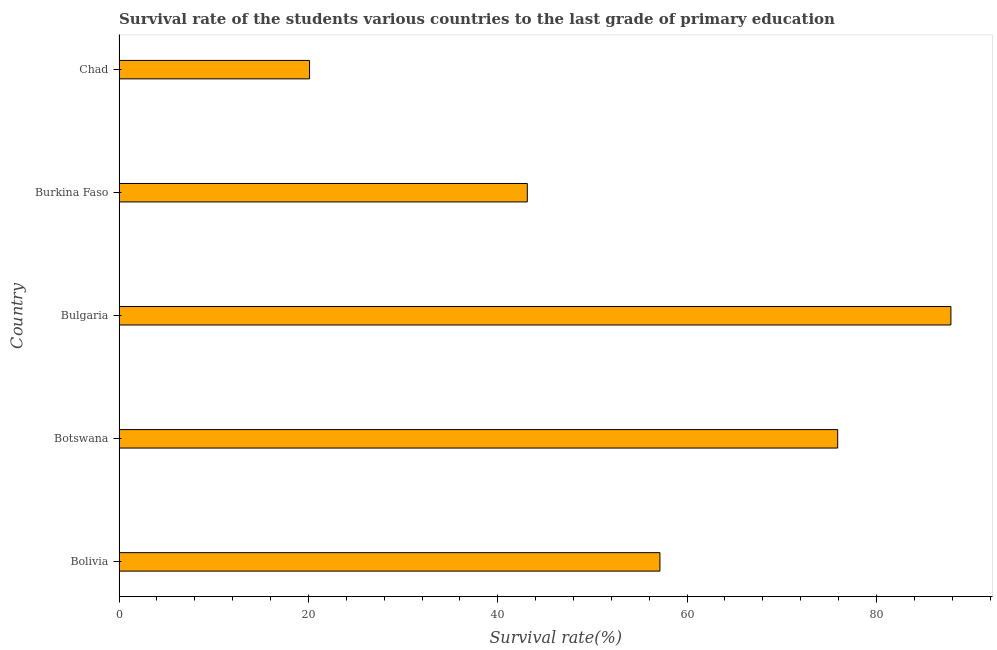
| Country | Primary Education |
 | --- | --- |
 | Bolivia | 57.1 |
 | Botswana | 75.9 |
 | Bulgaria | 87.9 |
 | Burkina Faso | 43.1 |
 | Chad | 20.1 |